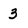
Character: 3